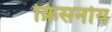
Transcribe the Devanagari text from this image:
क्रिसनोय